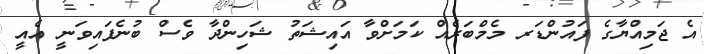
އެ ޖަމިއްޔާގެ ފައުންޑަރ މެމްބަރެއް ކަމަށްވާ އައިޝަތު ޝަހިންދާ ވެސް ބުނެފައިވަނީ އެއީ